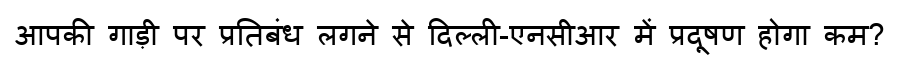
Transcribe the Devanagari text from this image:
आपकी गाड़ी पर प्रतिबंध लगने से दिल्ली-एनसीआर में प्रदूषण होगा कम?